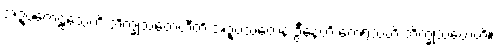
အဍ္ဎတေဠသေဟိ ဘိက္ခုသတေဟီတိ အဍ္ဎသတေန ဦနေဟိ တေရသဟိ ဘိက္ခုသတေဟိ။